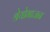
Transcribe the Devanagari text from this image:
श्रेयोभाजन